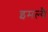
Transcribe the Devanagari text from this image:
इमल्यै